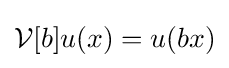
{\mathcal {V}}[b]u(x)=u(bx)